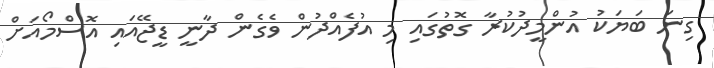
ގިނަ ބަޔަކު އުންމީދުކުރާ ގޮތުގައި މި އުފެއްދުން ވެގެން ދާނީ ޑީޖޭއައި އޮސްމޯއަށް